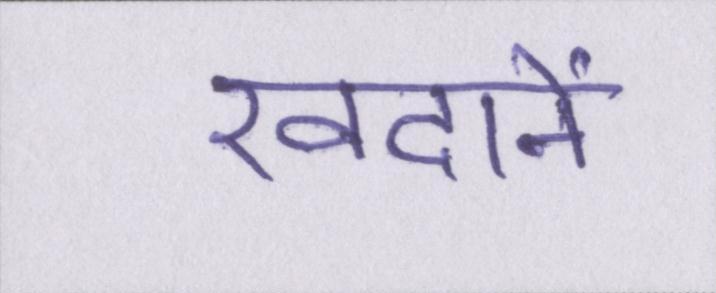
खदानें